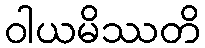
ဝါယမိဿတိ